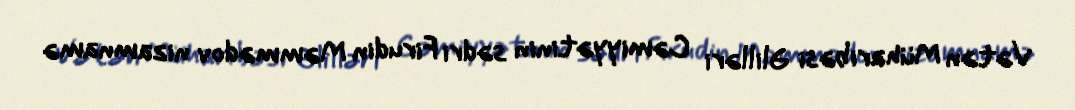
Vətən Müharibəsi Əlilləri Cəmiyyətinin sədri Firudin Məmmədov nizamnamə